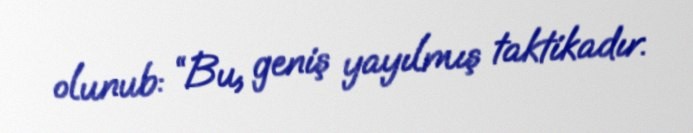
olunub: “Bu, geniş yayılmış taktikadır.